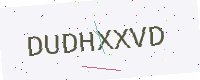
Text: DUDHXXVD